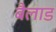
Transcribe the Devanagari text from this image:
बैलाड